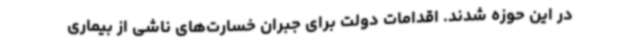
در این حوزه شدند. اقدامات دولت برای جبران خسارت‌های ناشی از بیماری